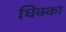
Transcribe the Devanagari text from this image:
धिक्का